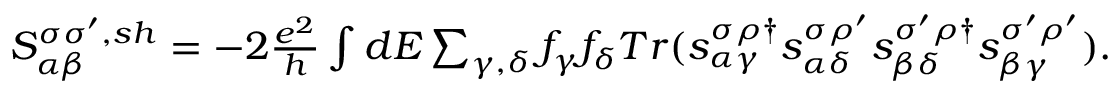
\begin{array} { r } { { S _ { \alpha \beta } ^ { \sigma \sigma ^ { \prime } , s h } } = - 2 \frac { e ^ { 2 } } { h } \int d E \sum _ { \gamma , \delta } f _ { \gamma } f _ { \delta } T r ( s _ { \alpha \gamma } ^ { \sigma \rho \dagger } s _ { \alpha \delta } ^ { \sigma \rho ^ { \prime } } s _ { \beta \delta } ^ { \sigma ^ { \prime } \rho \dagger } s _ { \beta \gamma } ^ { \sigma ^ { \prime } \rho ^ { \prime } } ) . } \end{array}